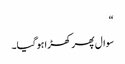
“
سوال پھر کھڑا ہوگیا۔